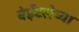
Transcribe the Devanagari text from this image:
वेईटलेच्या